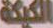
الكيكة